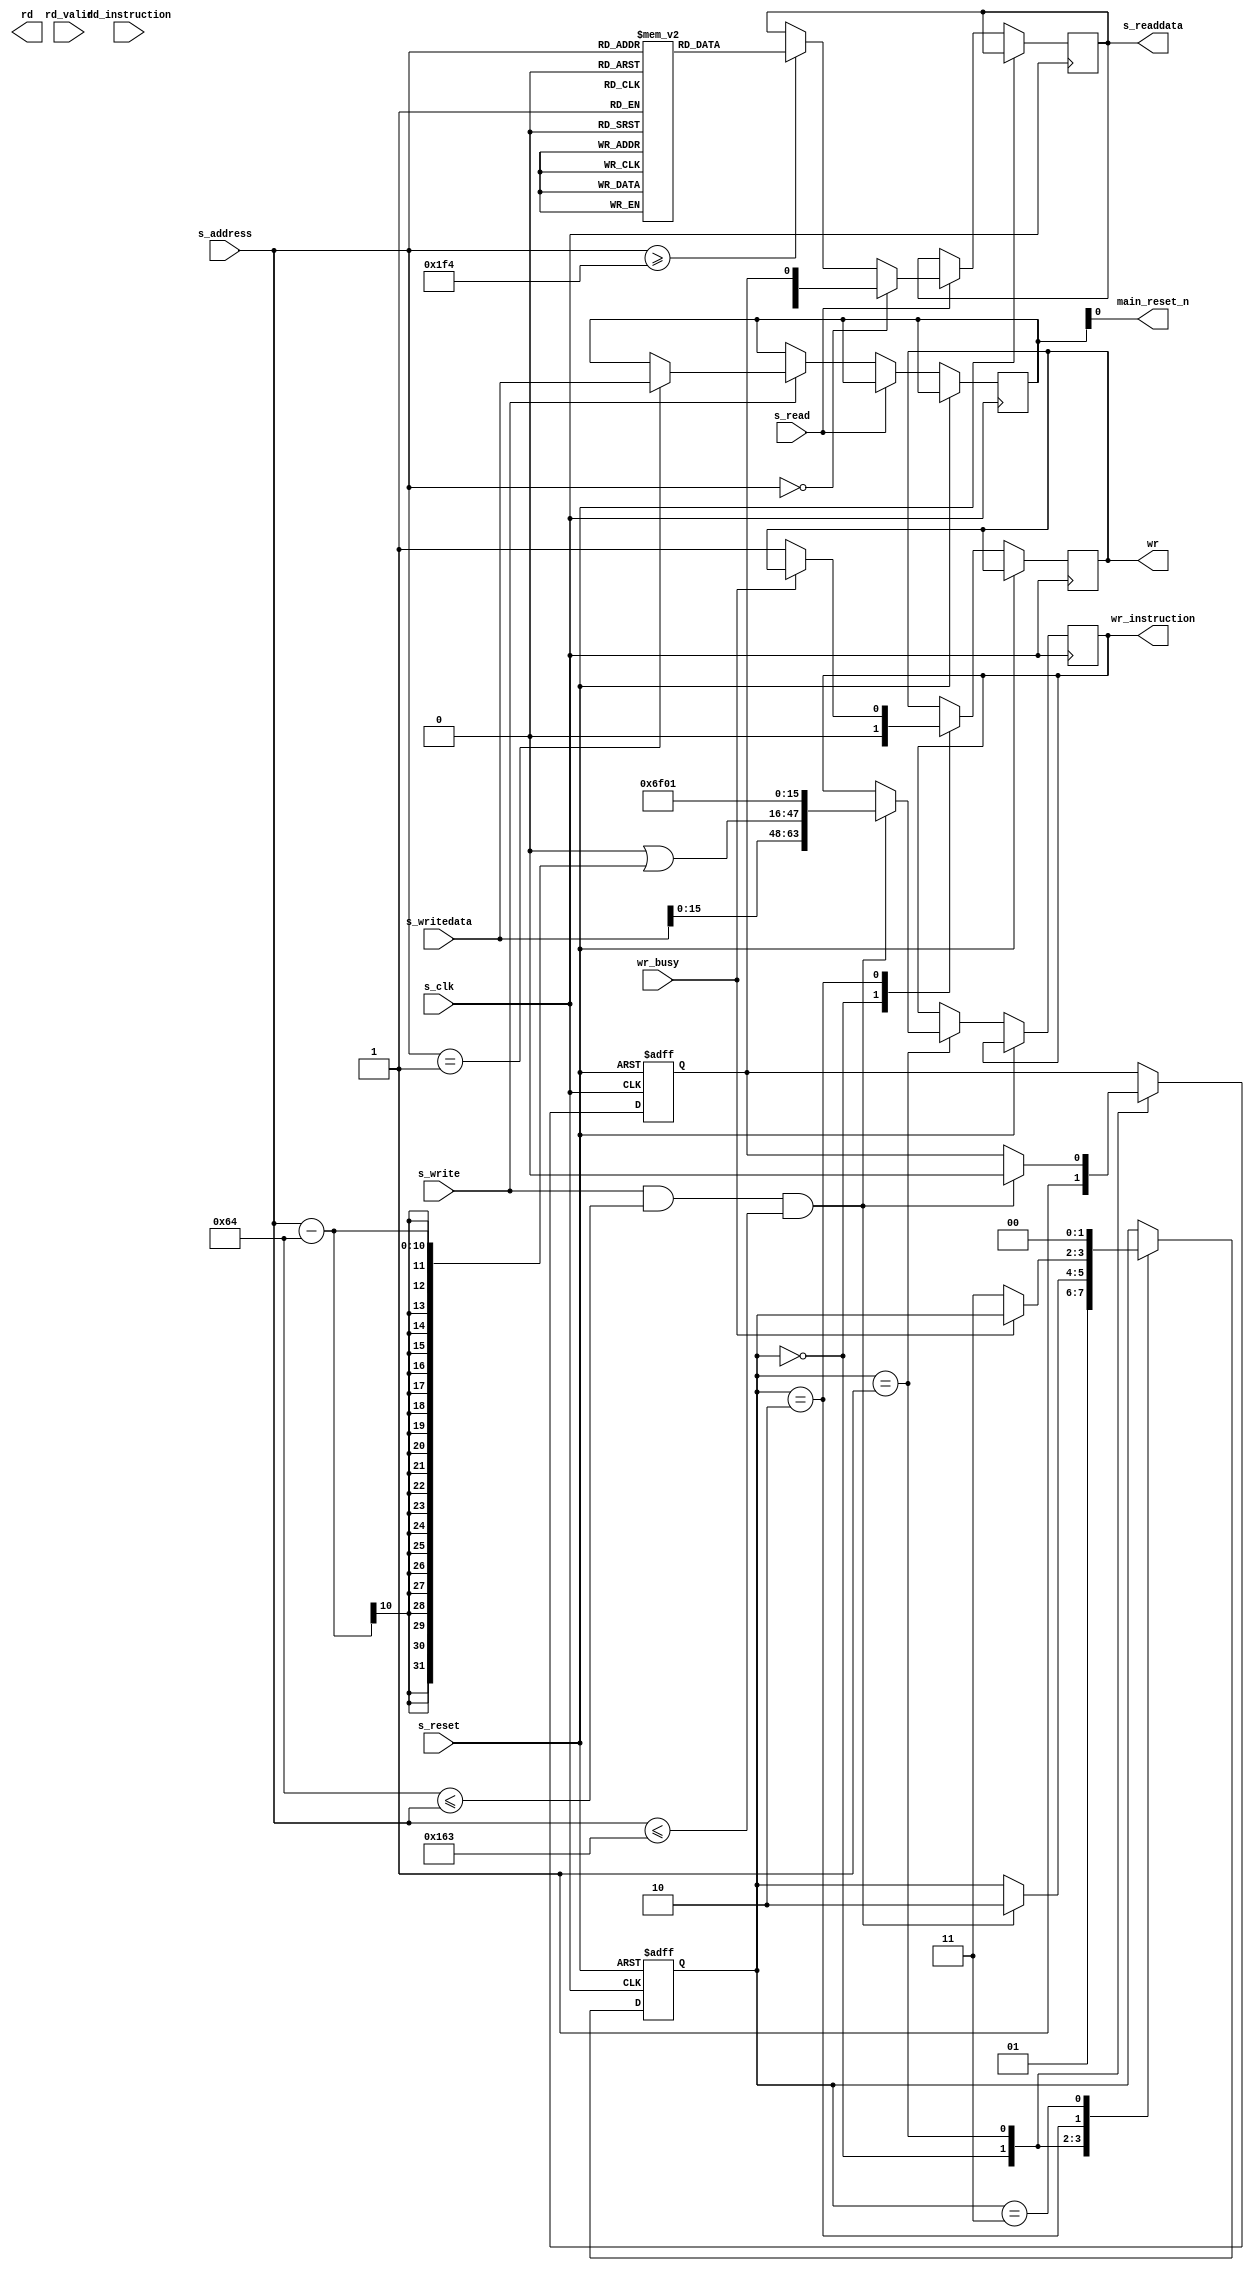
module HPS_Terminal(
    input    wire                   s_clk,
    input    wire                   s_reset,
    input    wire                   s_write,
    input    wire                   s_read,
    input    wire        [ 9:0]     s_address,// 1024 * 4
    input    wire        [31:0]     s_writedata,
    output   reg         [31:0]     s_readdata,


    output   wire                   main_reset_n,

    output   reg                    rd,  
    input    wire                   rd_valid,
    input    wire        [63:0]     rd_instruction, 

    output   reg                    wr,
    input    wire                   wr_busy,
    output   reg         [63:0]     wr_instruction 

    );

    reg  [31:0]  RAM[1023:0];
    wire [31:0]  READ;
    reg  [31:0]  WRITE;
    reg  [ 1:0]  state;

    reg  wr_over;
    assign READ[0] = wr_over;
    assign main_reset_n = WRITE[0];

    always @(posedge s_clk or posedge s_reset) begin
        if (s_reset) begin
            
        end else if (s_read) begin
            if (s_address == 0) begin
                s_readdata <= READ;
            end else if (s_address >= 500) begin
                s_readdata <= RAM[s_address]; // QIdata
            end
        end else if (s_write) begin
            if (s_address == 1) begin
                WRITE <= s_writedata;
            end
        end
    end



    always @(posedge s_clk or posedge s_reset) begin
        if (s_reset) begin
            state <= 0;
            wr_over <= 1;
        end else begin
            case (state)
                0:  begin
                        wr <= 0;
                        wr_over <= 1;
                        state <= 1;
                    end 
                1:  begin
                        if (s_write && (100 <= s_address) && (s_address <= 355)) begin
                            wr_instruction <= { 8'd0 ,s_writedata[31:0] , {8'd0 |(s_address-100)} ,8'd111, 8'd1};
                            wr_over <= 0;
                            state <= 2;
                        end
                    end
                2:  begin
                        if (!wr_busy) begin
                            wr <= 1;
                            state <= 3;
                        end
                    end
                3:  begin
                        state <= 0;
                    end
                default: state <= 0;
            endcase 
        end
    end

endmodule